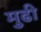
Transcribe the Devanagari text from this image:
मुढी